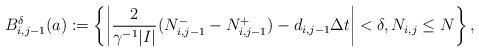
LaTeX: \begin{align*}B^{\delta}_{i,j-1}(a):=\left\{\left|\frac{2}{\gamma^{-1}|I|}(N_{i,j-1}^{-}-N_{i,j-1}^{+})-d_{i,j-1}\Delta t\right|<\delta, N_{i,j}\leq N\right\},\end{align*}